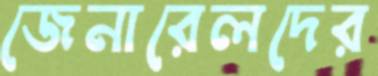
জেনারেলদের